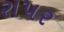
રાપર